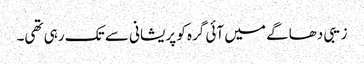
زیبی دھاگے میں آئی گرہ کو پریشانی سے تک رہی تھی۔